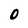
Character: O